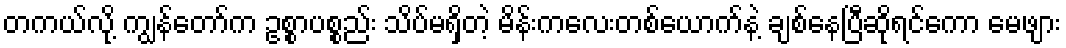
တကယ်လို့ ကျွန်တော်က ဥစ္စာပစ္စည်း သိပ်မရှိတဲ့ မိန်းကလေးတစ်ယောက်နဲ့ ချစ်နေပြီဆိုရင်ကော မေဖျား